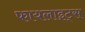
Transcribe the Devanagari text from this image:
फायलाइट्स